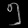
Digit: ၅